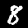
Digit: 8